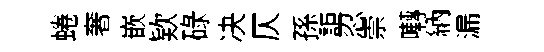
蜷奢嵌欵碌决仄孫詎忍崇囀納漏